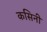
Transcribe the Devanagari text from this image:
कसिनी